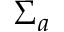
\Sigma _ { a }